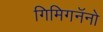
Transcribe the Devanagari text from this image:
गिमिगनॅनो